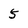
Character: 5